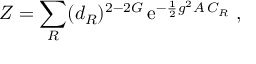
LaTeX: Z = \sum _ { R } ( d _ { R } ) ^ { 2 - 2 G } \, \mathrm { e } ^ { - { \frac { 1 } { 2 } } g ^ { 2 } { \cal A } \, C _ { R } } ~ ,